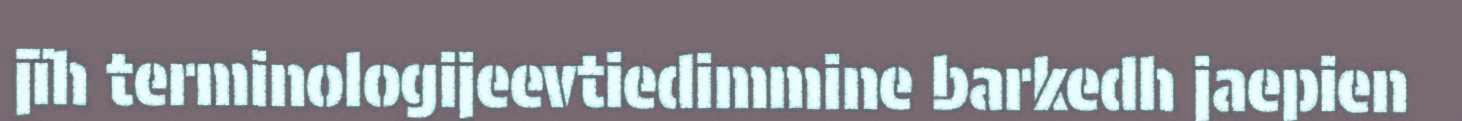
jïh terminologijeevtiedimmine barkedh jaepien